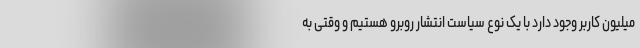
میلیون کاربر وجود دارد با یک نوع سیاست انتشار روبرو هستیم و وقتی به